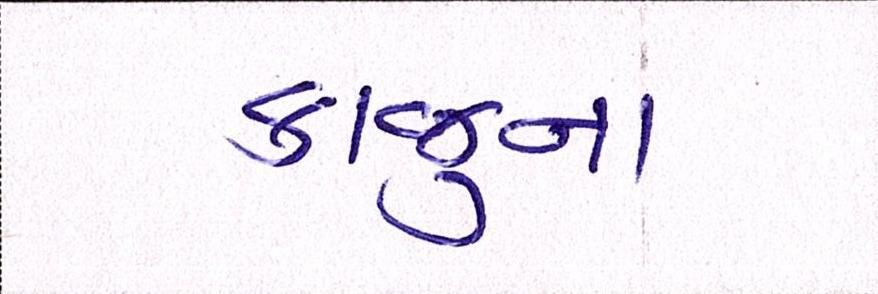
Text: કાજુના